Lunatic asylums United Provinces 1899-1908 - 1899-1908
Year: 1899
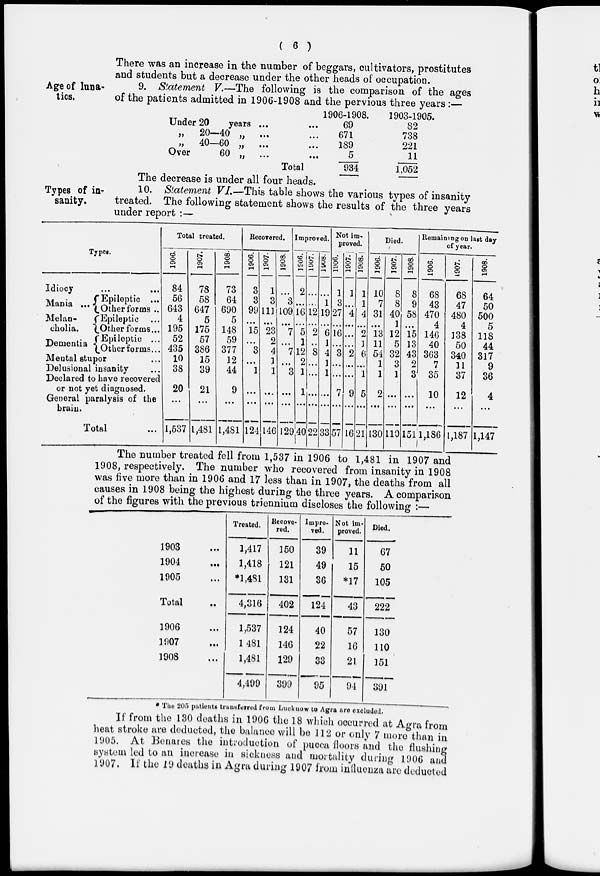
( 6 )
There was an increase in the number of beggars, cultivators, prostitutes
and students but a decrease under the other heads of occupation.
Age of luna-
tics.
9. Statement V.—The following is the comparison of the ages
of the patients admitted in 1906-1908 and the pervious three years :—
Under 20
years ...
„
20—40 „
... ...
„
40—60 „
... ...
Over
60 „ ... ...
Total
1906-1908.
69
671
189
5
934
1903-1905.
82
738
221
11
1,052
Types of in-
sanity.
The decrease is under all four heads.
10. Statement VI.—This table shows the various types of insanity
treated. The following statement shows the results of the three years
under report :—
Types.
Idiocy
...
...
Mania ...
Melan-
cholia.
Dementia
Epileptic ...
Other forms ..
Epileptic ...
Other forms...
Epileptics ...
Other forms...
Mental stupor
Delusional insanity
Declared to have recovered
or not yet diagnosed.
General paralysis of the
brain.
Total
Total treated.
1906.
84
56
643
4
195
52
435
10
38
20
...
1,537
1907.
78
58
647
5
175
57
386
15
39
21 ...
1,481
1908.
73
64
690
5
148
59
377
12
44
9
...
1,481
Recovered.
1906.
3
3
99
...
15
...
3
...
1
...
...
124
1907.
1
3
111
...
23
2
4
1
1
...
...
146
1908.
...
3
109
...
7
...
7
...
3
...
...
129
Improved.
1906.
2
...
16
...
5
1
12
2
1
1
...
40
1907.
...
...
12
...
2
...
8
...
...
...
...
22
1908.
...
1
19
...
6
1
4
1
1
...
...
33
Not im-
proved.
1906.
1
3
27
...
16
...
3
...
...
7
...
57
1907.
1
...
4
...
...
...
2
...
...
9
...
16
1908.
1
1
4
...
2
1
6
...
1
5
...
21
Died.
1906.
10
7
31
...
13
11
54
1
1
2
...
130
1907.
8
8
40
1
12
5
32
3
1
...
...
110
1908.
8
9
58
...
15
13
43
2
3
...
...
151
Remaining on last day
of year.
1906.
68
43
470
4
146
40
363
7
35
10
...
1,186
1907.
68
47
480
4
138
50
340
11
37
12
...
1,187
1908.
64
50
500
5
118
44
317
9
36
4
...
1,147
The number treated fell from 1,537 in 1906 to 1,481 in 1907 and
1908, respectively. The number who recovered from insanity in 1908
was five more than in 1906 and 17 less than in 1907, the deaths from all
causes in 1908 being the highest during the three years. A comparison
of the figures with the previous triennium discloses the following :—
1903 ...
1904 ...
1905 ...
Total ..
1906 ...
1907 ...
1908 ...
Treated.
1,417
1,418
*1,481
4,316
1,537
1,481
1,481
4,499
Recove-
red.
150
121
131
402
124
146
129
399
Impro-
ved.
39
49
36
124
40
22
33
95
Not im-
proved.
11
15
*17
43
57
16
21
94
Died.
67
50
105
222
130
110
151
391
* The 205 patients transferred from Lucknow to Agra are excluded.
If from the 130 deaths in 1906 the 18 which occurred at Agra from
heat stroke are deducted, the balance will be 112 or only 7 more than in
1905. At Benares the introduction of pucca floors and the flushing
system led to an increase in sickness and mortality during 1906 and
1907. If the 19 deaths in Agra during 1907 from influenza are deducted